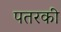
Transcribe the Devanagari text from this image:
पतरकी